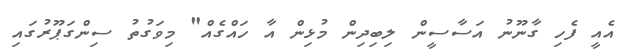
އެއީ ފެހި ގާނޫނު އަސާސީން ލިބިދިން މުޅިން އާ ހައްގެއް" މިވަގުތު ސިންގަޕޫރުގައި